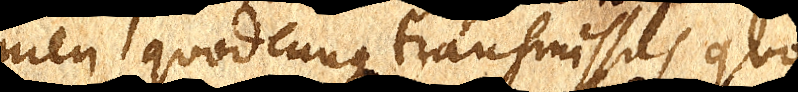
men quodcunque transmissus quo